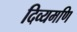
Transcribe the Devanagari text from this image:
दिव्यमणि